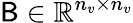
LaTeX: \mathsf{B}\in\mathbb{R}^{n_{v}\times n_{v}}